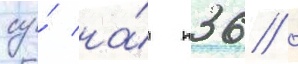
су́ на́ п36 /